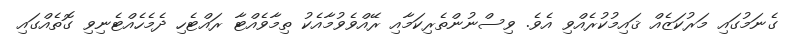
ގެނަމުގައި މަރުކަޒެއް ޤައިމުކުރެއްވި އެވެ. ވިސްނުންތެރިކަމާއި ރޭއްވެވުމާއެކު ތިމާވެއްޓާ ރައްޓެހި ދެމެހެއްޓެނިވި ގޮތެއްގައި